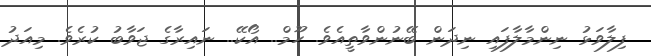
ފިލާވަޅު ނިންމާލާފައި ނިދަން ބޭނުންވާތީއެވެ. ހޫމް.. އޯކޭ.. ނައިރާގެ ޖަވާބު ކުރެވެ. މިއަދު